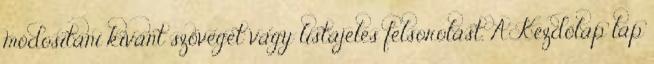
módosítani kívánt szöveget vagy listajeles felsorolást. A Kezdőlap lap